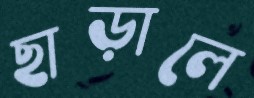
ছাড়ালে